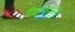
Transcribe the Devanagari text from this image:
दिक्खाया